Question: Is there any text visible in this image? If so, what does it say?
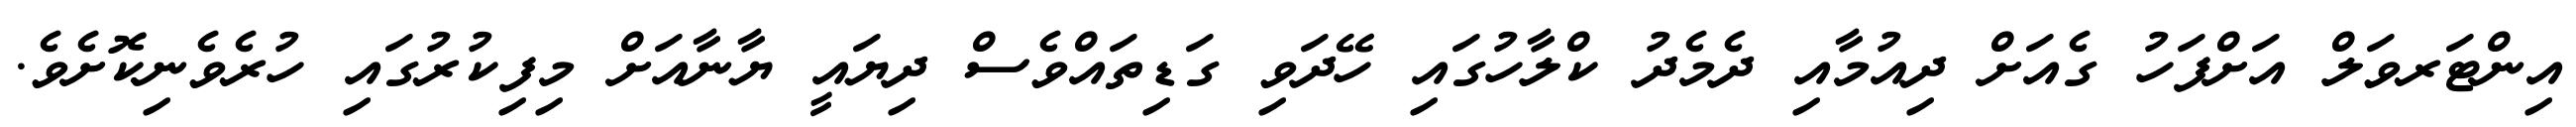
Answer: އިންޓަރވަލް އަށްފަހު ގެއަށް ދިއުމާއި ދެމެދު ކްލާހުގައި ހޭދަވި ގަޑިތައްވެސް ދިޔައީ ޔާނާއަށް މިފިކުރުގައި ހުރެވެނިކޮށެވެ.